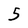
Character: 5